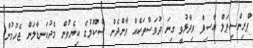
ޕްރިންސިޕަލް އާސިފް ވިދާޅުވީ ގިނަ ދުވަސްތަކެއް ވާންދެން ސްކޫލުގެ ކިޔެވުން މެދުކަނޑާލަން ޖެހުމުން